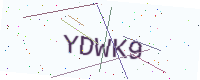
Text: YDWK9